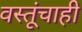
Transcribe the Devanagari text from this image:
वस्तूंचाही